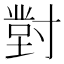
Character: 𭔾